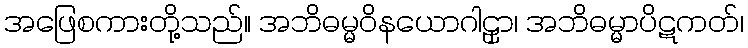
အဖြေစကားတို့သည်။ အဘိဓမ္မဝိနယောဂါဠှာ၊ အဘိဓမ္မာပိဋကတ်၊